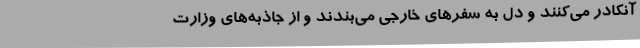
آنکادر می‌کنند و دل به سفرهای خارجی می‌بندند و از جاذبه‌های وزارت